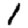
Digit: 1